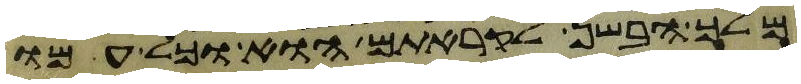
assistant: מלך הבשן לקראתם הוא וכל עמו